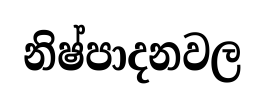
නිෂ්පාදනවල